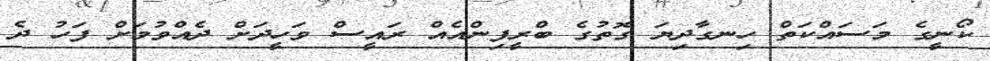
ކޯނީގެ މަސައްކަތް ހިނގާދިޔަ ގޮތުގެ ބްރީފިންއެއް ރައީސް ވަހީދަށް ދެއްވުމަށް ފަހު ދެ